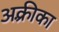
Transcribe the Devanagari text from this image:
अक़्रीका